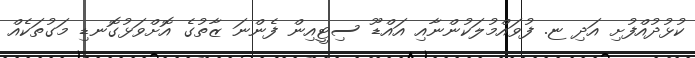
ކުޅުދުއްފުށި އަދި ޏ. ފުވައްމުލަކުންނާއި އައްޑޫ ސިޓީއިން ފެންނަ ޒާތުގެ އޮށްވަޅުގޮނޑި މަގުތަކެއް